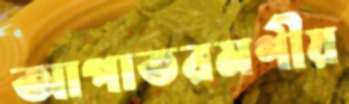
আপাতরমণীয়